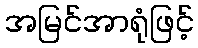
အမြင်အာရုံဖြင့်